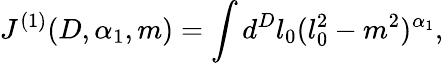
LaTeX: J^{(1)}(D,\alpha_{1},m)=\int d^{D}l_{0}(l_{0}^{2}-m^{2})^{\alpha_{1}},